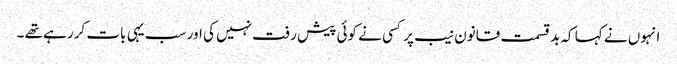
انہوں نے کہا کہ بدقسمت قانون نیب پر کسی نے کوئی پیش رفت نہیں کی اور سب یہی بات کررہے تھے ۔